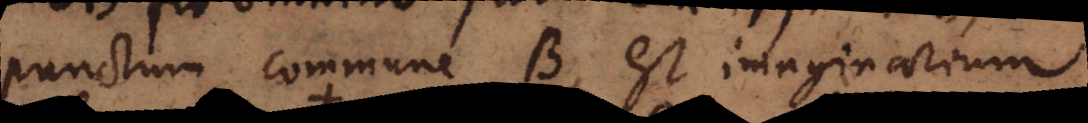
punctum commune B, est imaginarium